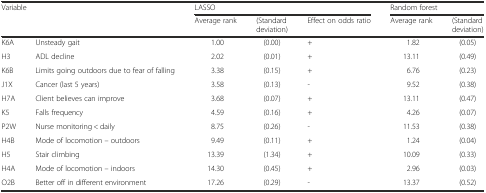
<table><thead><tr><td rowspan="2" colspan="2"><b>Variable</b></td><td colspan="3"><b>LASSO</b></td><td colspan="2"><b>Random forest</b></td></tr><tr><td><b>Average rank</b></td><td><b>(Standard deviation)</b></td><td><b>Effect on odds ratio</b></td><td><b>Average rank</b></td><td><b>(Standard deviation)</b></td></tr></thead><tbody><tr><td>K6A</td><td>Unsteady gait</td><td>1.00</td><td>(0.00)</td><td>+</td><td>1.82</td><td>(0.05)</td></tr><tr><td>H3</td><td>ADL decline</td><td>2.02</td><td>(0.01)</td><td>+</td><td>13.11</td><td>(0.49)</td></tr><tr><td>K6B</td><td>Limits going outdoors due to fear of falling</td><td>3.38</td><td>(0.15)</td><td>+</td><td>6.76</td><td>(0.23)</td></tr><tr><td>J1X</td><td>Cancer (last 5 years)</td><td>3.58</td><td>(0.13)</td><td>-</td><td>9.52</td><td>(0.38)</td></tr><tr><td>H7A</td><td>Client believes can improve</td><td>3.68</td><td>(0.07)</td><td>+</td><td>13.11</td><td>(0.47)</td></tr><tr><td>K5</td><td>Falls frequency</td><td>4.59</td><td>(0.16)</td><td>+</td><td>4.26</td><td>(0.07)</td></tr><tr><td>P2W</td><td>Nurse monitoring &lt; daily</td><td>8.75</td><td>(0.26)</td><td>-</td><td>11.53</td><td>(0.38)</td></tr><tr><td>H4B</td><td>Mode of locomotion – outdoors</td><td>9.49</td><td>(0.11)</td><td>+</td><td>1.24</td><td>(0.04)</td></tr><tr><td>H5</td><td>Stair climbing</td><td>13.39</td><td>(1.34)</td><td>+</td><td>10.09</td><td>(0.33)</td></tr><tr><td>H4A</td><td>Mode of locomotion – indoors</td><td>14.30</td><td>(0.45)</td><td>+</td><td>2.96</td><td>(0.03)</td></tr><tr><td>O2B</td><td>Better off in different environment</td><td>17.26</td><td>(0.29)</td><td>-</td><td>13.37</td><td>(0.52)</td></tr></tbody></table>